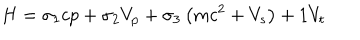
LaTeX: H = \sigma _ { 1 } c p + \sigma _ { 2 } V _ { p } + \sigma _ { 3 } \left( m c ^ { 2 } + V _ { s } \right) + 1 V _ { t }